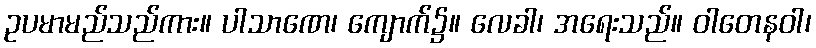
ဥပမာမည်သည်ကား။ ပါသာဏေ၊ ကျောက်၌။ လေခါ၊ အရေးသည်။ ဝါတေနဝါ၊